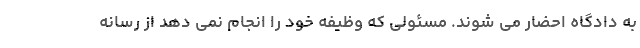
به دادگاه احضار می شوند. مسئولی که وظیفه خود را انجام نمی دهد از رسانه